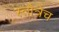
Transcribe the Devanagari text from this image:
स्तोत्रेच